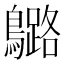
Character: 𪆬